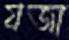
যজা